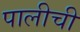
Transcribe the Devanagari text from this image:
पालीची